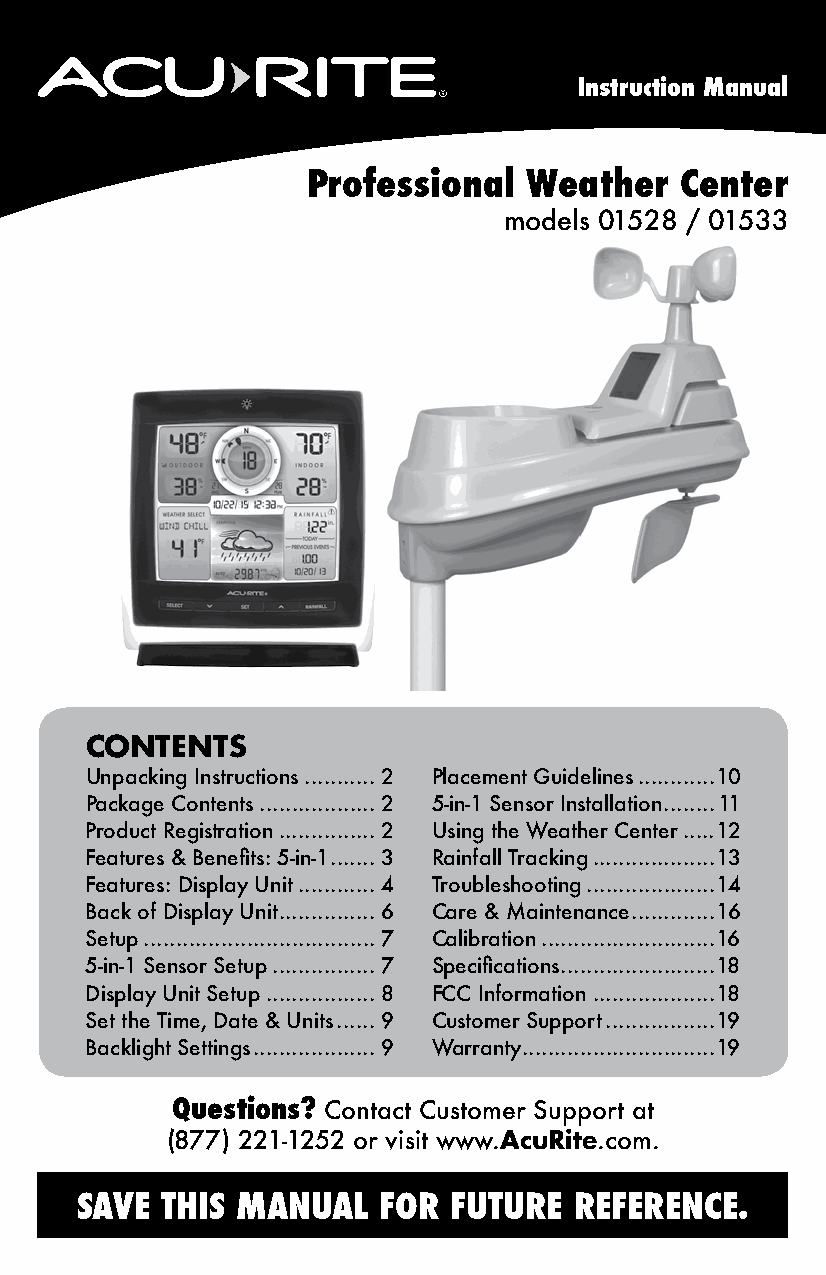
Instruction Manual
 Professional   Weather   Center
 models 01528 / 01533
 CONTENTS
 Unpacking Instructions ...........2 Placement Guidelines ............10
 Package Contents ..................2 5-in-1 Sensor Installation ........11
 Product Registration ...............2 Using the Weather Center .....12
 Features & Benefits: 5-in-1 .......3 Rainfall Tracking ...................13
 Features: Display Unit ............4 Troubleshooting ....................14
 Back of Display Unit ...............6 Care & Maintenance .............16
 Setup ....................................7 Calibration ...........................16
 5-in-1 Sensor Setup ................7 Specifications ........................18
 Display Unit Setup .................8 FCC Information ...................18
 Set the Time, Date & Units ......9 Customer Support .................19
 Backlight Settings ...................9 Warranty..............................19
 Questions? Contact Customer Support at
 (877) 221-1252 or visit www.AcuRite.com.
 SAVE  THIS MANUAL   FOR  FUTURE  REFERENCE.